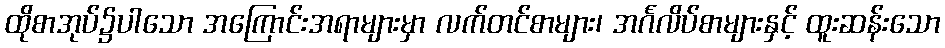
ထိုစာအုပ်၌ပါသော အကြောင်းအရာများမှာ လက်တင်စာများ၊ အင်္ဂလိပ်စာများနှင့် ထူးဆန်းသော